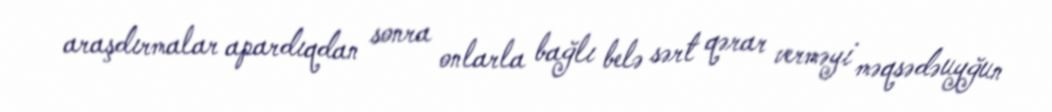
araşdırmalar apardıqdan sonra onlarla bağlı belə sərt qərar verməyi məqsədəuyğun